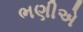
ભણીએ